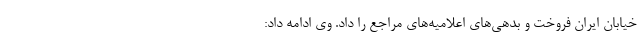
خیابان ایران فروخت و بدهی‌های اعلامیه‌های مراجع را داد. وی ادامه داد: